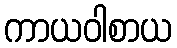
ကာယဝါစာယ